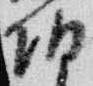
朝